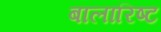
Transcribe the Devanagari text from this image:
बालारिष्ट